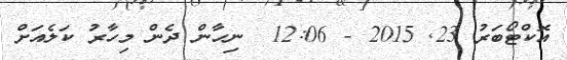
އޮކްޓޯބަރު 23